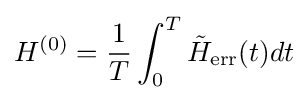
H^{(0)}={\frac {1}{T}}\int _{0}^{T}{\tilde {H}}_{\text{err}}(t)dt